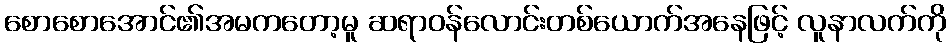
စောစောအောင်၏အမကတော့မူ ဆရာဝန်လောင်းတစ်ယောက်အနေဖြင့် လူနာလက်ကို